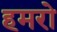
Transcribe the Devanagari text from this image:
हमरो